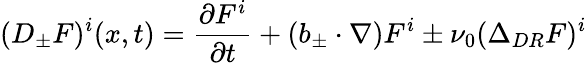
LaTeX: (D_{\pm}F)^{i}(x,t)=\frac{\partial F^{i}}{\partial t}+(b_{\pm}\cdot\nabla)F^{i}\pm\nu_{0}(\Delta_{DR}F)^{i}